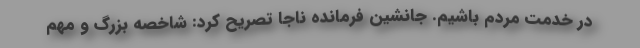
در خدمت مردم باشیم. جانشین فرمانده ناجا تصریح کرد: شاخصه بزرگ و مهم